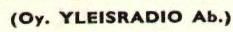
(Oy. YLEISRADIO Ab.)